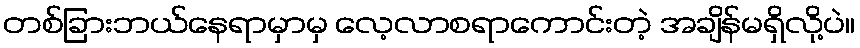
တစ်ခြားဘယ်နေရာမှာမှ လေ့လာစရာကောင်းတဲ့ အချိန်မရှိလို့ပဲ။